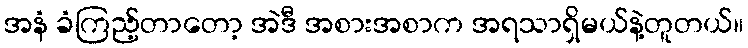
အနံ ခံကြည့်တာတော့ အဲဒီ အစားအစာက အရသာရှိမယ်နဲ့တူတယ်။